Calcutta medical institutions reports 1892-1900
Year: 1892
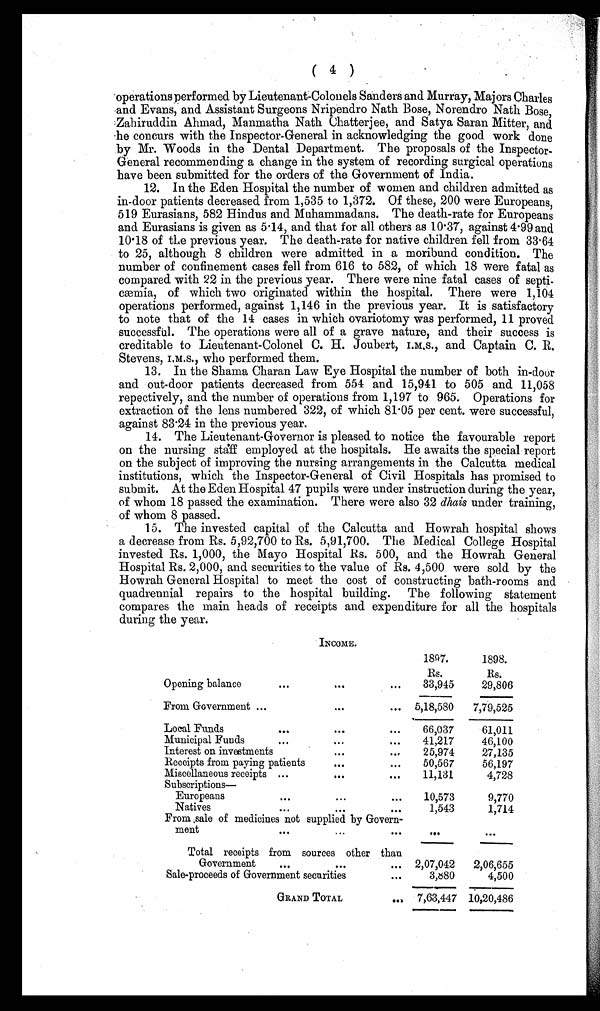
( 4 )
operations performed by Lieutenant-Colonels Sanders and Murray, Majors Charles
and Evans, and Assistant Surgeons Nripendro Nath Bose, Norendro Nath Bose,
Zahiruddin Ahmad, Manmatha Nath Chatterjee, and Satya Saran Mitter, and
he concurs with the Inspector-General in acknowledging the good work done
by Mr. Woods in the Dental Department. The proposals of the Inspector
-General recommending a change in the system of recording surgical operations
have been submitted for the orders of the Government of India.
12. In the Eden Hospital the number of women and children admitted as
in-door patients decreased from 1,535 to 1,372. Of these, 200 were Europeans,
519 Eurasians, 582 Hindus and Muhammadans. The death-rate for Europeans
and Eurasians is given as 5.14, and that for all others as 10.37, against 4.99 and
10.18 of the previous year. The death-rate for native children fell from 33.64
to 25, although 8 children were admitted in a moribund condition. The
number of confinement cases fell from 616 to 582, of which 18 were fatal as
compared with 22 in the previous year. There were nine fatal cases of septi-
cæmia, of which two originated within the hospital. There were 1,104
operations performed, against 1,146 in the previous year. It is satisfactory
to note that of the 14 cases in which ovariotomy was performed, 11 proved
successful. The operations were all of a grave nature, and their success is
creditable to Lieutenant-Colonel C. H. Joubert, I.M.S., and Captain C. R.
Stevens, I.M.S., who performed them.
13. In the Shama Charan Law Eye Hospital the number of both in-door
and out-door patients decreased from 554 and 15,941 to 505 and 11,058
repectively, and the number of operations from 1,197 to 965. Operations for
extraction of the lens numbered 322, of which 81.05 per cent. were successful,
against 83.24 in the previous year.
14. The Lieutenant-Governor is pleased to notice the favourable report
on the nursing staff employed at the hospitals. He awaits the special report
on the subject of improving the nursing arrangements in the Calcutta medical
institutions, which the Inspector-General of Civil Hospitals has promised to
submit. At the Eden Hospital 47 pupils were under instruction during the year,
of whom 18 passed the examination. There were also 32 dhais under training,
of whom 8 passed.
15. The invested capital of the Calcutta and Howrah hospital shows
a decrease from Rs. 5,92,700 to Rs. 5,91,700. The Medical College Hospital
invested Rs. 1,000, the Mayo Hospital Rs. 500, and the Howrah General
Hospital Rs. 2,000, and securities to the value of Rs. 4,500 were sold by the
Howrah General Hospital to meet the cost of constructing bath-rooms and
quadrennial repairs to the hospital building. The following statement
compares the main heads of receipts and expenditure for all the hospitals
during the year.
INCOME.
1897.
1898.
Rs.
Rs.
Opening balance
. . .
...
. . .
33,945
29,806
From Government ...
. . .
... 5,18,580
7,79,525
Local Funds
. . .
...
...
66,037
61,011
Municipal Funds
...
...
. . .
4 1 , 2 1 7
46,100
Interest on investments
...
...
25,974
27,135
Receipts from paying patients
...
. . .
50,567
56,197
Miscellaneous receipts ...
. . .
. . .
11,131
4,728
Subscriptions—
Europeans
. . .
. . .
. . .
10,573
9,770
Natives
...
...
...
1,543
1,714
From sale of medicines not supplied by Govern-
ment
. . .
...
...
. . .
...
Total receipts from sources other than
Government
...
...
... 2,07,042
2,06,655
Sale-proceeds of Government securities
. . .
3,880
4,500
GRAND TOTAL
. . .
7,63,447 10,20,486